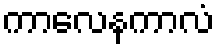
ကာလေနကာလံ